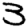
Digit: 3